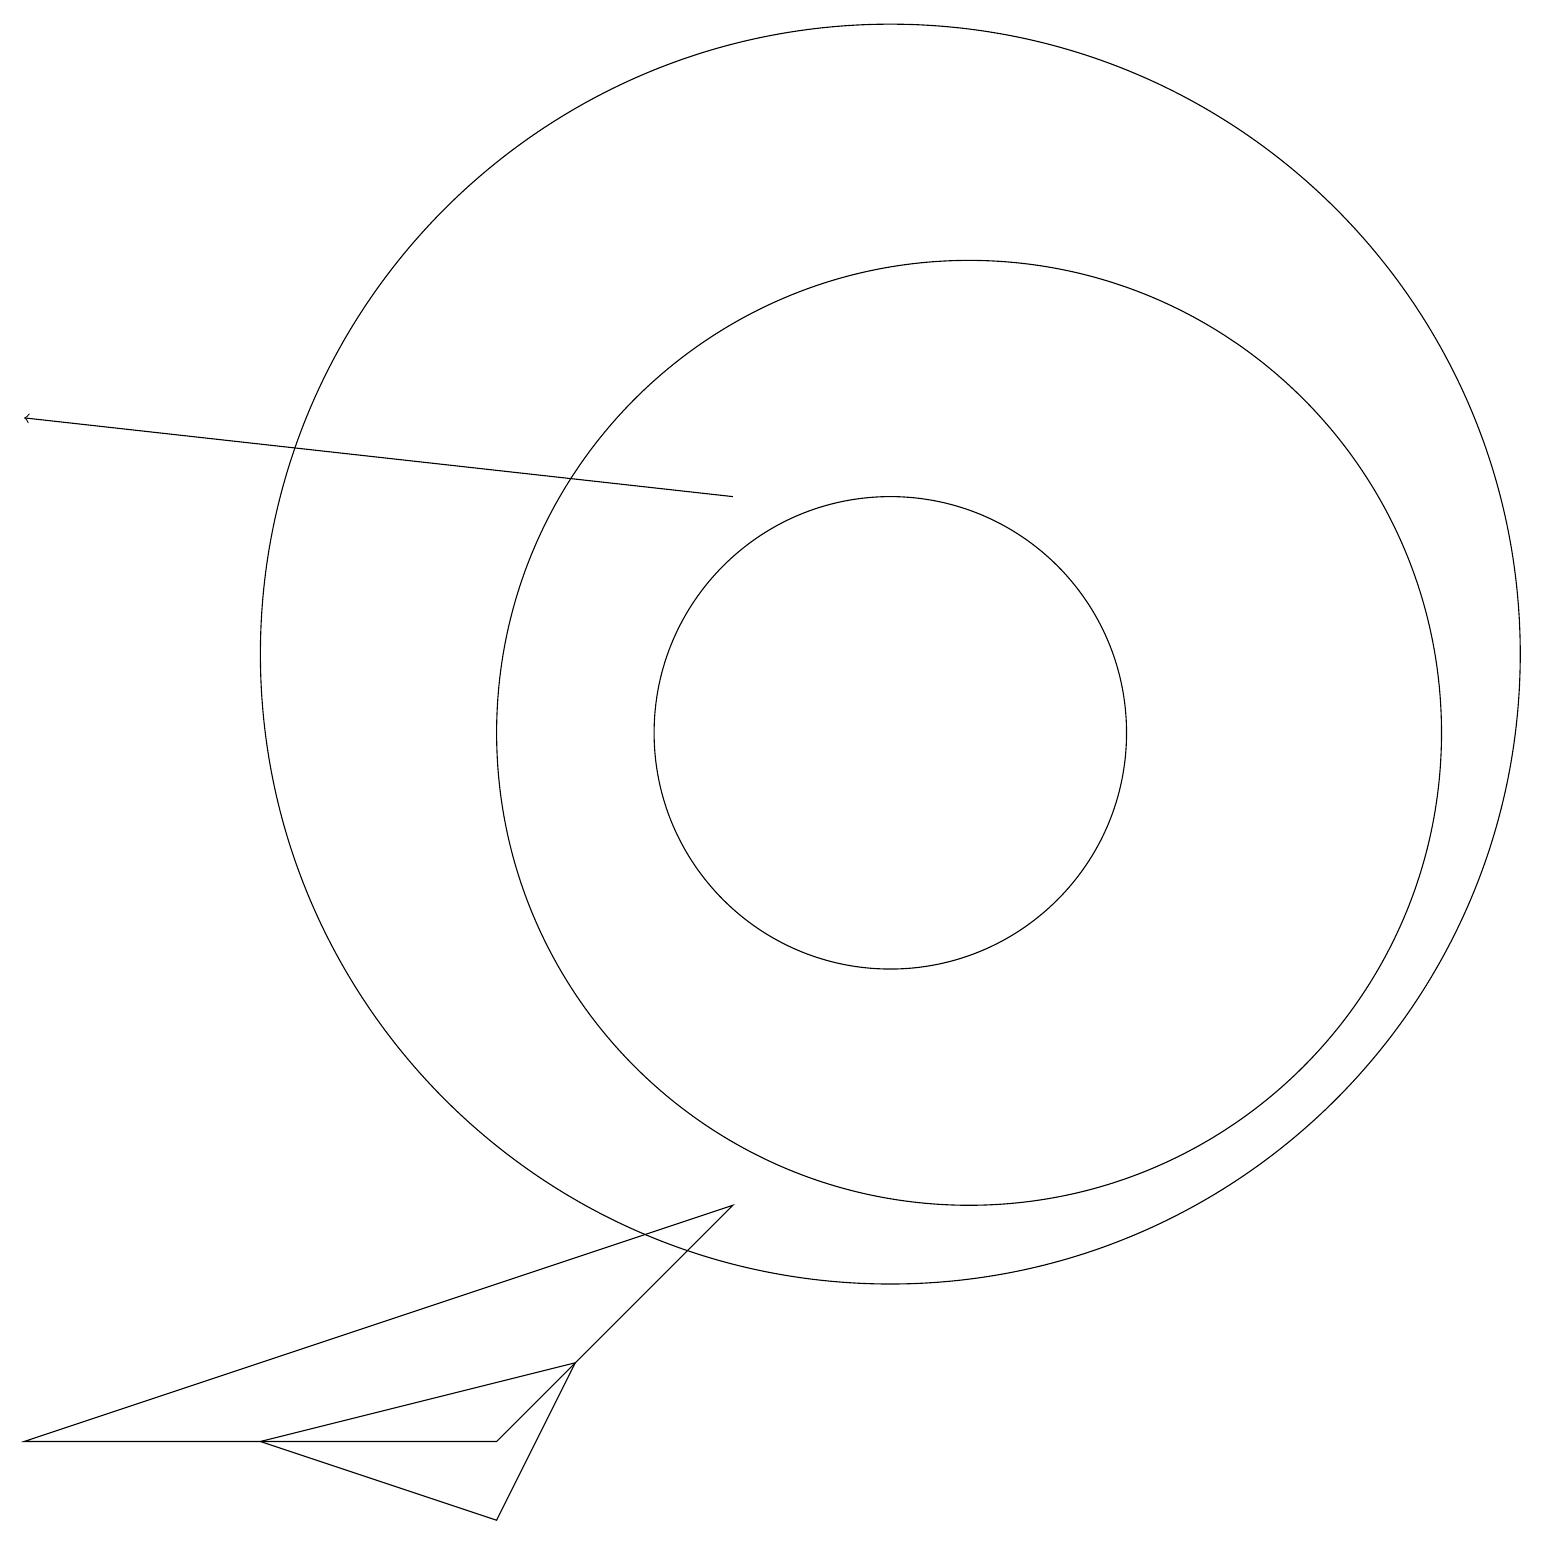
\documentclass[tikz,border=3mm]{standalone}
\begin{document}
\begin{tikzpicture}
\draw (11,10) circle (3);
\draw (0,1) -- (9,4) -- (6,1) -- cycle;
\draw[->] (9,13) -- (0,14);
\draw (11,11) circle (8);
\draw (3,1) -- (6,0) -- (7,2) -- cycle;
\draw (12,10) circle (6);
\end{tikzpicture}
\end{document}